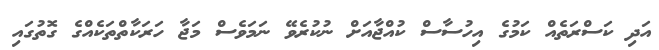
އަދި ކަސްރަތެއް ކަމުގެ އިހުސާސް ކުއްޖާއަށް ނުކުރެވޭ ނަމަވެސް މަޖާ ހަރަކާތްތަކެއްގެ ގޮތުގައި